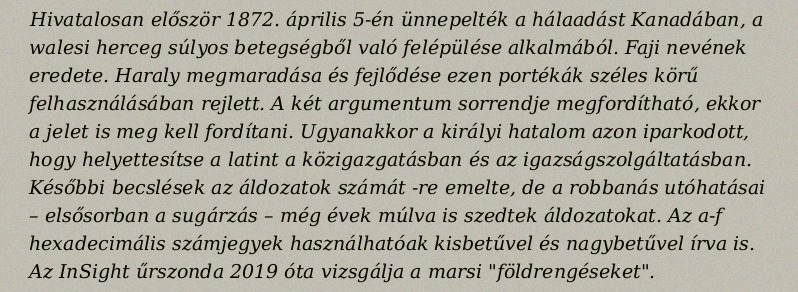
Hivatalosan először 1872. április 5-én ünnepelték a hálaadást Kanadában, a walesi herceg súlyos betegségből való felépülése alkalmából. Faji nevének eredete. Haraly megmaradása és fejlődése ezen portékák széles körű felhasználásában rejlett. A két argumentum sorrendje megfordítható, ekkor a jelet is meg kell fordítani. Ugyanakkor a királyi hatalom azon iparkodott, hogy helyettesítse a latint a közigazgatásban és az igazságszolgáltatásban. Későbbi becslések az áldozatok számát -re emelte, de a robbanás utóhatásai – elsősorban a sugárzás – még évek múlva is szedtek áldozatokat. Az a-f hexadecimális számjegyek használhatóak kisbetűvel és nagybetűvel írva is. Az InSight űrszonda 2019 óta vizsgálja a marsi "földrengéseket".